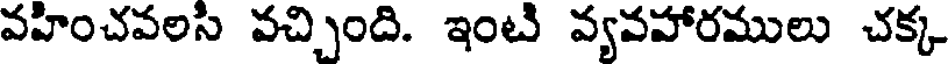
వహించవలసి వచ్చింది. ఇంటి వ్యవహారములు చక్క